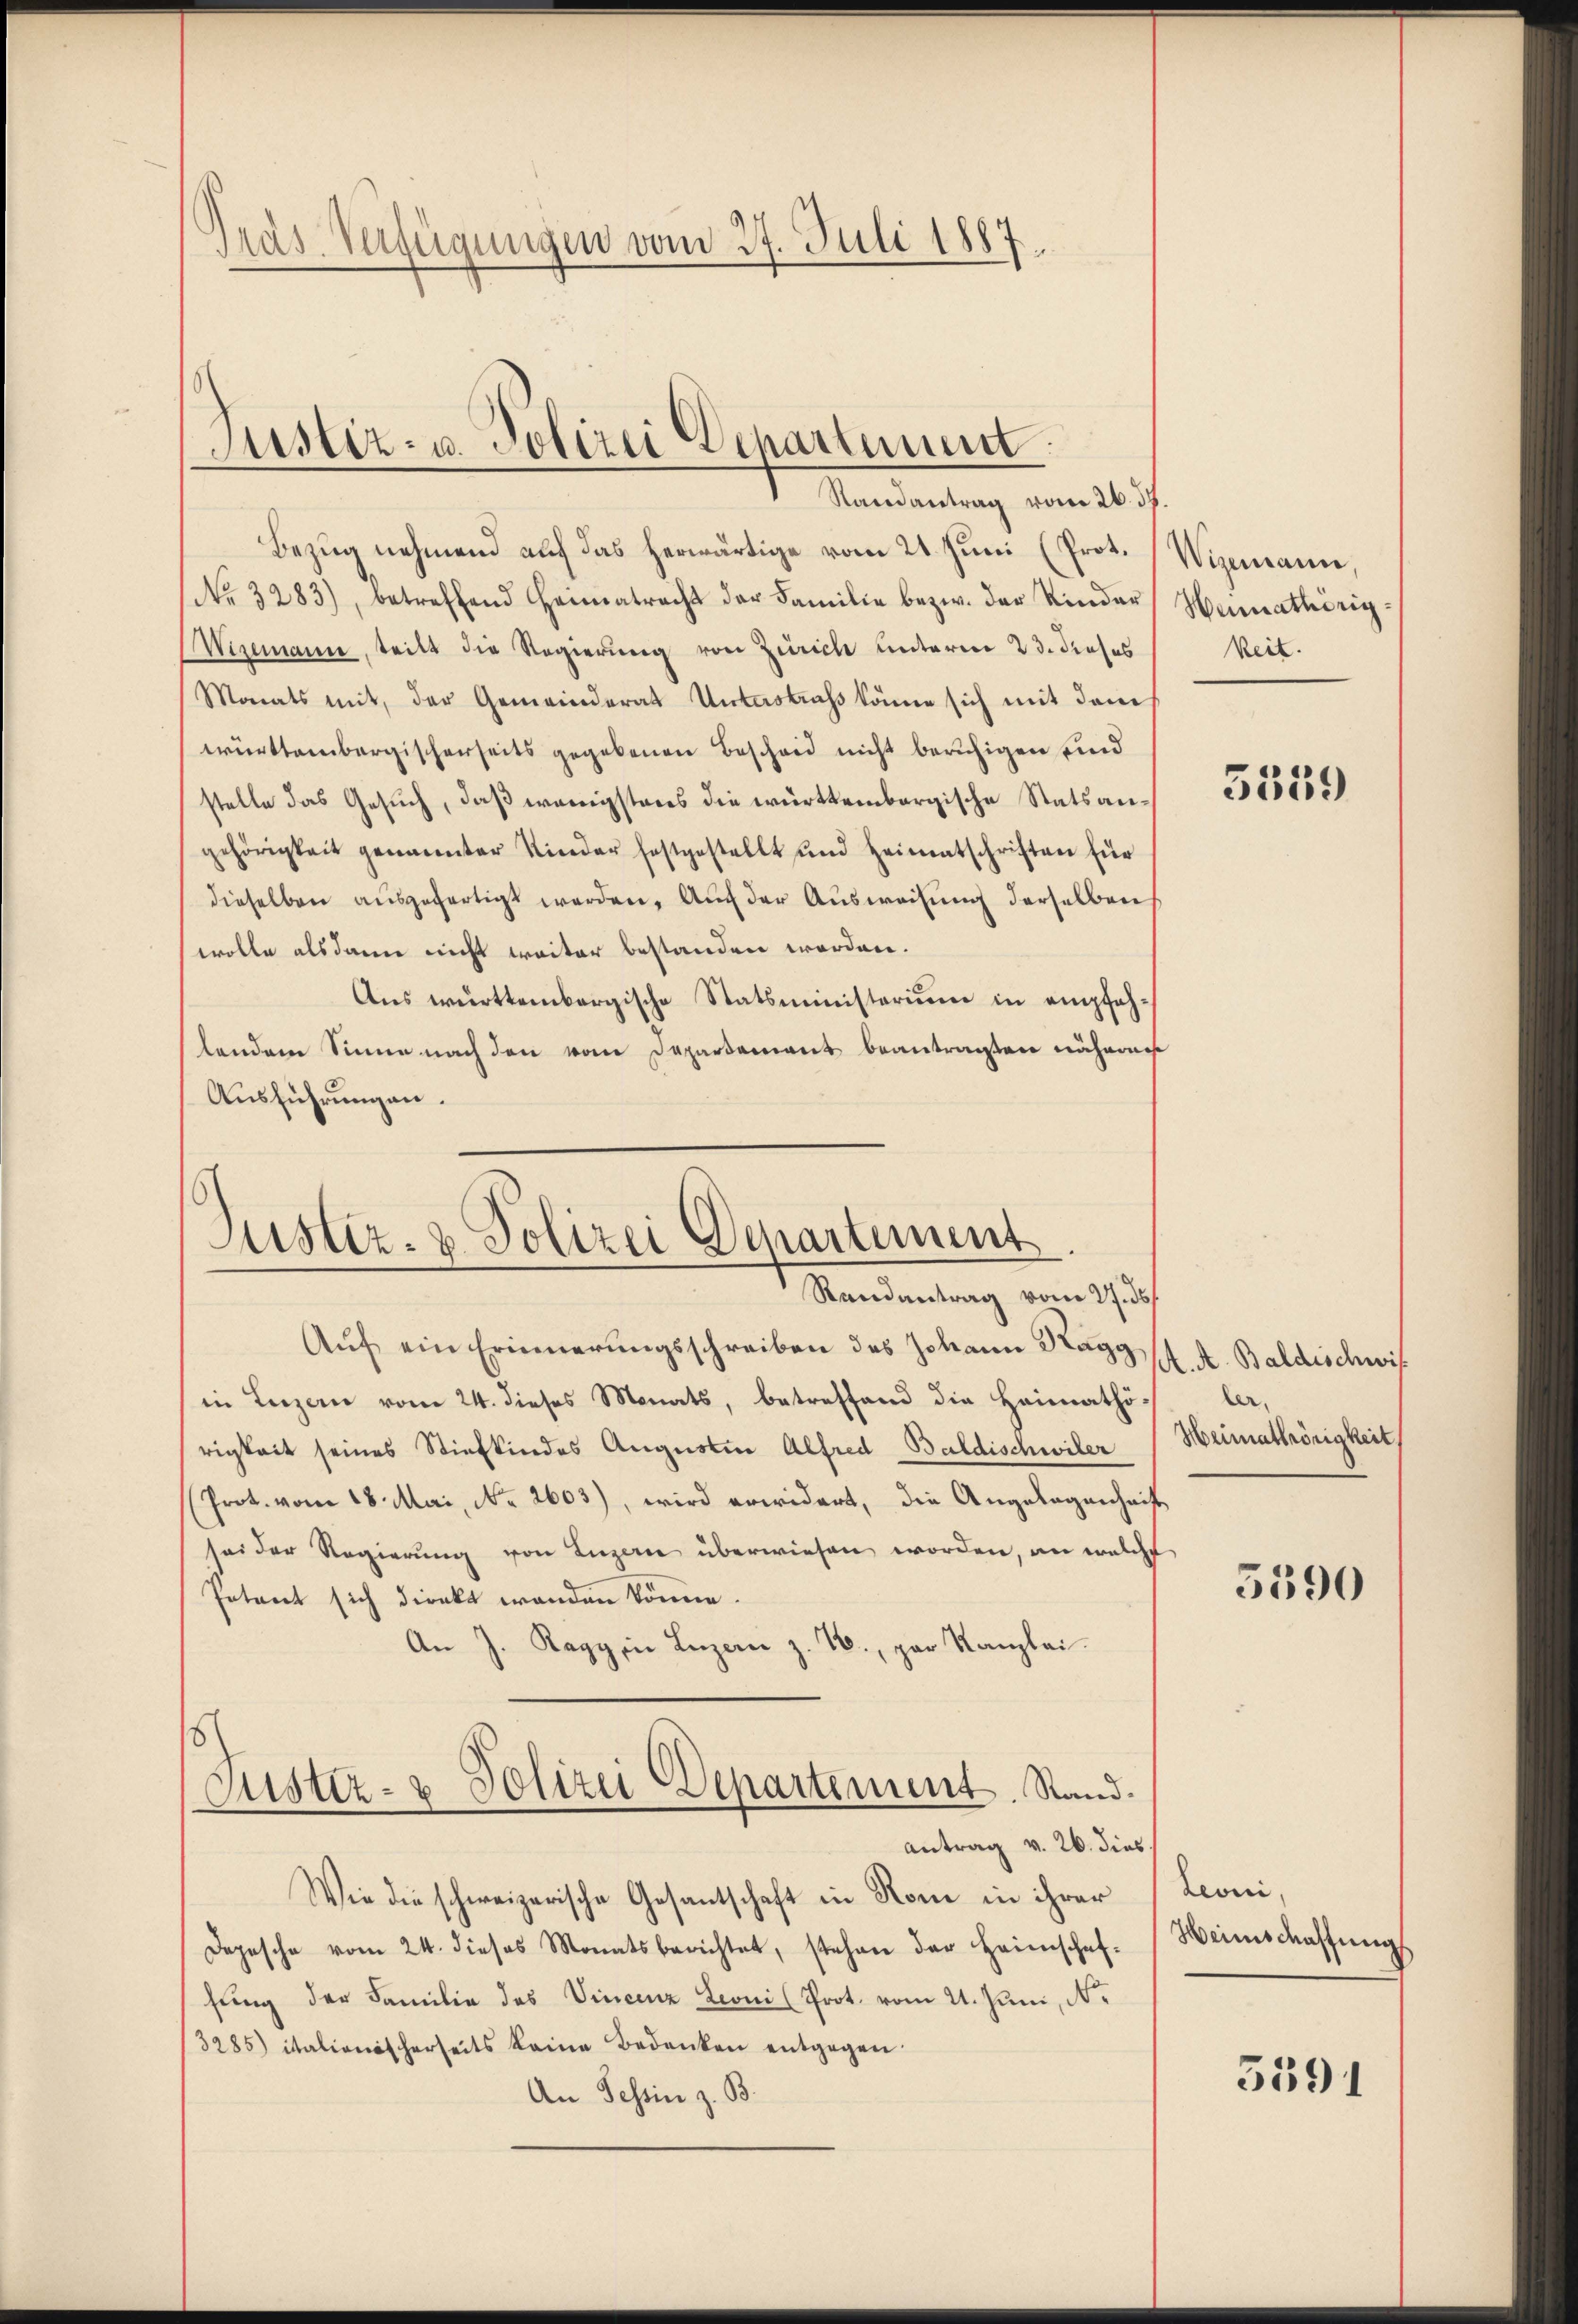
Pras Verfügungen vom 27. Juli 1887.

Justiz- u. Polizei Departement

Randantrag vom 26. ds.
Bezug nehmend auf das herwärtige vom 21. Juni (Prot. Wigemann,
No. 3283), betreffend Heimatracht der Familie bezw. der Kinder Heimathörig-
Wisemann, teilt die Regierung von Zürich unterm 23. dieses
Monats mit, der Gemeinderat Unterstraß könne sich mit dem
württembergischerseits gegebenen Bescheid nicht beruhigen sind
stelle das Gesuch, daß wenigstens die württembergische Statsangehörigkeit genannter Kinder festgestellt und Heimatschriften für
dieselben aŭsgefertigt werden. Auch der Ausweisung derselben
wolle alsdann nicht weiter bestanden worden.
Ans württembergische Statsministerium in empfehlendem Sinne nach den vom Departement beantragten nähere
Ausführungen.

Justiz- & Polizei Departement
Randantrag vom 27. ds.

Auf ein Erinnerungsschreiben des Johann Ragg
in Luzern vom 24. dieses Monats, betreffend die Heimathö-
rigkeit seines Stiefkindes Augustin Alfred Baldischwiler
Prot. vom 18. Mai, No. 2603), wird erwidert, die Angelegenheit
sei der Regierung von Luzerne überwiesen worden, an welche
Petent sich direkt wanden könne.
An J. Ragg in Luzern z. T., par Kanzlei.
Justiz- & Polizei Departement. Stand.
antrag v. 26. dies
Wie die schweizerische Gesantschaft in Rome in ihrer
Depesche vom 24. dieses Monatsberichtet, stehen der Heimschaf-
sung der Familie des Vincenz Leoni (Prot. vom 21. Juni, N.
3285) italionischerseits keine Bedenken entgegen.
An Tessin z. B.

keit.

5559

M. A. Baldischwis
ler.
Heimathörigkeit

5390

Leoni,
Heinschaffung

5591